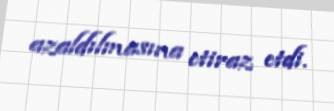
azaldılmasına etiraz etdi.